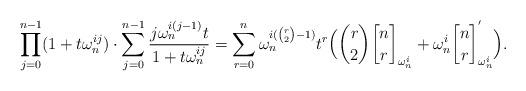
LaTeX: \begin{align*}\prod_{j=0}^{n-1} (1+t\omega^{ij}_n) \cdot \sum_{j=0}^{n-1} \frac{j\omega_n^{i(j-1)}t}{1+t\omega_n^{ij}} = \sum_{r=0}^{n} \omega_n^{i(\binom{r}{2}-1)} t^r \Big( \binom{r}{2} {n \brack r}_{\omega^i_n} +\omega_n^i {n \brack r}^{'}_{\omega_n^i} \Big).\end{align*}